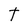
Character: t